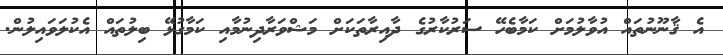
އެ ޤާނޫނުތައް އުވާލުމަށް ކަމާބެހޭ ސަރުކާރުގެ ދާއިރާތަކަށް މަޝްވަރާދިނުމާއި ކަމާގުޅޭ ބިލުތައް އެކުލަވައިލުން.